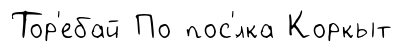
Тор'ебай По пос'́лка Коркыт